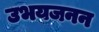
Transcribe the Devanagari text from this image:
उभयजनन